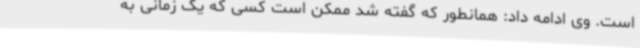
است. وی ادامه داد: همانطور که گفته شد ممکن است کسی که یک زمانی به